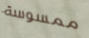
ممسوسة